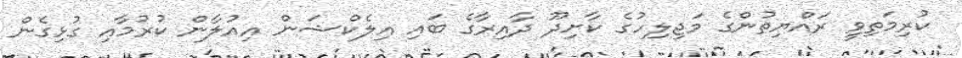
ކުރިމަތިވީ ރައްޔިތުންގެ މަޖިލިހުގެ ކާށިދޫ ދާއިރާގެ ބައި އިލެކްޝަން އިއުލާން ކުރުމާއި ގުޅިގެން